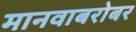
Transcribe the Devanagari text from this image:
मानवाबरोबर